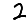
Digit: 2